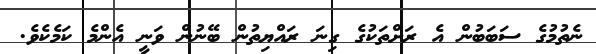
ނެތުމުގެ ސަބަބުން އެ ރަށްތަކުގެ ގިނަ ރައްޔިތުން ބޭނުން ވަނީ އެންމެ ކަމެކެވެ.